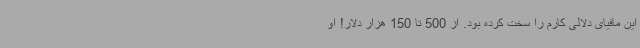
این مافیای دلالی کارم را سخت کرده بود. از 500 تا 150 هزار دلار! او